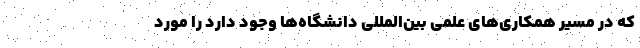
که در مسیر همکاری‌های علمی بین‌المللی دانشگاه‌ها وجود دارد را مورد